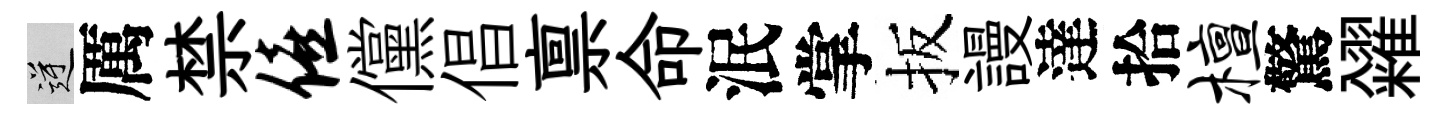
逆厲禁僖儻倡禀命泯掌扳謾達拾檀驚糴